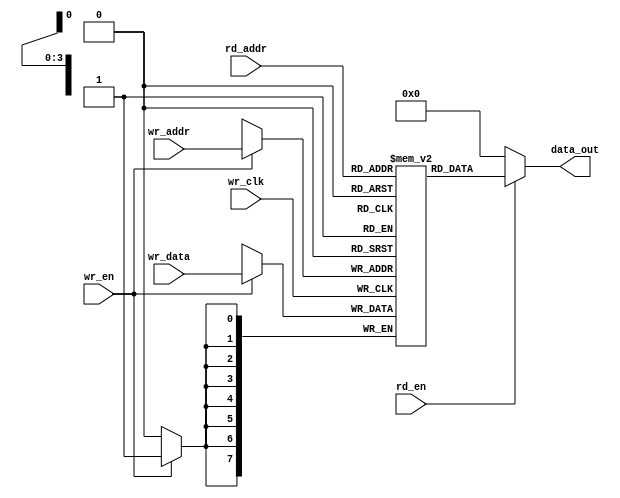
module fifo_mem_rd_wr #(parameter addr_size=4,data_size=8)(input wr_clk,wr_en,rd_en,input[addr_size-1:0]wr_addr,rd_addr,
							input[data_size-1:0]wr_data,output[data_size-1:0]data_out);

localparam len=2**addr_size;							
reg [data_size-1:0]fifo_mem[0:len-1];				
assign data_out=rd_en?fifo_mem[rd_addr]:0;
always@(posedge wr_clk)
begin
	if(wr_en) fifo_mem[wr_addr]<=wr_data;
end
endmodule